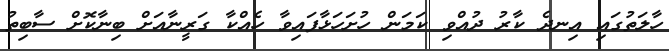
ހާލަތުގައި އިނދެ ކާރު ދުއްވި ކަމަން ހުށަހަޅާފައިވާ ހެއްކާ ގަރީނާއަށް ބިނާކޮށް ސާބިތު